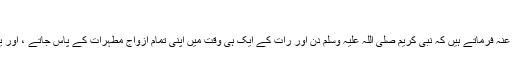
نیز حدیث 5068 )
سیدناانس بن مالک رضی اللہ عنہ فرماتے ہیں کہ نبی کریم صلی اللہ علیہ وسلم دن اور رات کے ایک ہی وقت میں اپنی تمام ازواج مطہرات کے پاس جاتے ، اور یہ گیارہ ازواج مطہرات تھیں۔